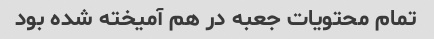
تمام محتویات جعبه در هم آمیخته شده بود